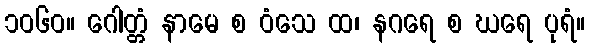
၁၀၆၀။ ဂေါတ္တံ နာမေ စ ဝံသေ ထ၊ နဂရေ စ ဃရေ ပုရံ။